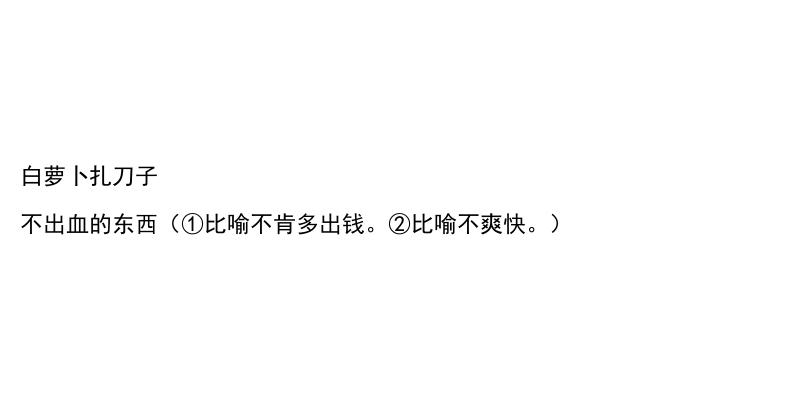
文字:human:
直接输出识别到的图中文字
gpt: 白萝卜扎刀子 不出血的东西（①比喻不肯多出钱。②比喻不爽快。）